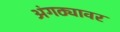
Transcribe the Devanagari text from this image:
अंगठ्यावर